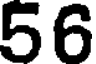
56